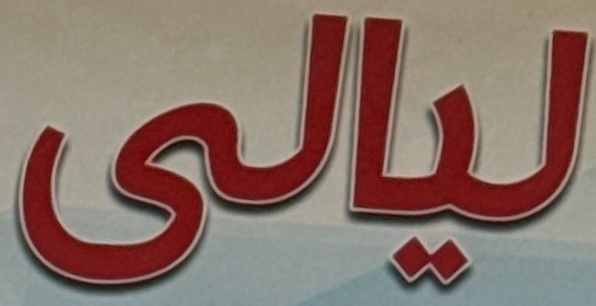
ليالى